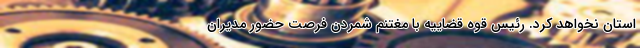
استان نخواهد کرد. رئیس قوه قضاییه با مغتنم شمردن فرصت حضور مدیران